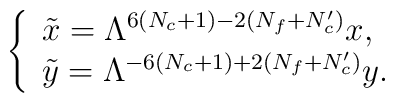
\left\{        \begin{array}{l}          \tilde{x}=\Lambda^{6(N_c+1)-2(N_f+N_c')}x, \\          \tilde{y}=\Lambda^{-6(N_c+1)+2(N_f+N_c')}y.        \end{array} \right.